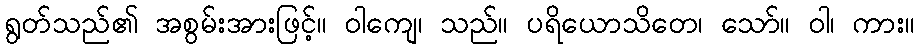
ရွတ်သည်၏ အစွမ်းအားဖြင့်။ ဝါကျေ၊ သည်။ ပရိယောသိတေ၊ သော်။ ဝါ၊ ကား။